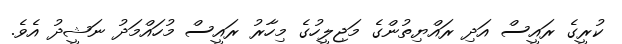
ކުރީގެ ރައީސް އަދި ރައްޔިތުންގެ މަޖިލީހުގެ މިހާރު ރައީސް މުހައްމަދު ނަޝީދު އެވެ.